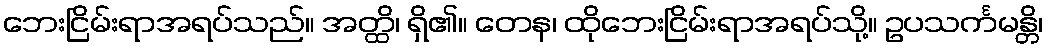
ဘေးငြိမ်းရာအရပ်သည်။ အတ္ထိ၊ ရှိ၏။ တေန၊ ထိုဘေးငြိမ်းရာအရပ်သို့။ ဥပသင်္ကမန္တိ၊